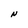
Character: N